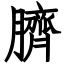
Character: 臍